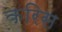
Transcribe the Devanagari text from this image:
करिस